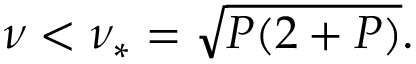
\nu < \nu _ { * } = \sqrt { P ( 2 + P ) } .